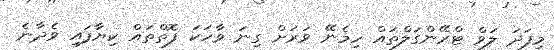
މިފަދަ ލަވް ޓްރޭންގަލްތައް ހިމެނޭ ވަރަށް ގިނަ ވާހަކަ ފޮތްތައް ކިޔާފައި ވެދާނެ